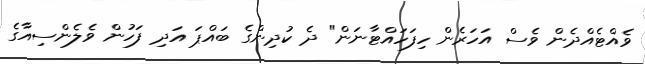
ވެއްޓެއްދެން ވެސް އަހަރެން ހިފަހައްޓާނަން" ދެ ކުދިންގެ ބައްޕަ އަދި ފަހުން ވެލެންސިއާގެ